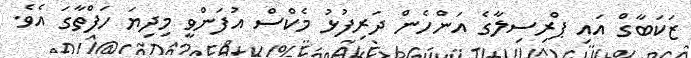
ޒަކަބާގް އައި ޕްރިސިލާގެ އަންހެން ދަރިފުޅު މެކްސް އުފަންވީ މިދިޔަ ހަފްތާގަ އެވެ.